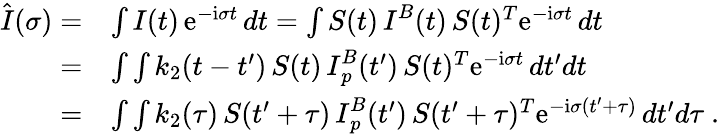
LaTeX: \begin{array}{rl}{\hat{\mathbf\cal I}(\sigma)=}&{\int{\mathbf\cal I}(t)\, \mathrm{e}^{-\mathrm{i}\sigma t}\, dt=\int{\mathbf\cal S}(t)\, {\mathbf\cal I}^{B}(t)\, {\mathbf\cal S}(t)^{T}\mathrm{e}^{-\mathrm{i}\sigma t}\, dt}\\ {=}&{\int\int k_{2}(t-t^{\prime})\, {\mathbf\cal S}(t)\, {\mathbf\cal I}_{p}^{B}(t^{\prime})\, {\mathbf\cal S}(t)^{T}\mathrm{e}^{-\mathrm{i}\sigma t}\, dt^{\prime}dt}\\ {=}&{\int\int k_{2}(\tau)\, {\mathbf\cal S}(t^{\prime}+\tau)\, {\mathbf\cal I}_{p}^{B}(t^{\prime})\, {\mathbf\cal S}(t^{\prime}+\tau)^{T}\mathrm{e}^{-\mathrm{i}\sigma(t^{\prime}+\tau)}\, dt^{\prime}d\tau\ .}\end{array}